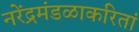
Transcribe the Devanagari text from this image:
नरेंद्रमंडळाकरितां